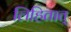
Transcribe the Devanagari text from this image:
लिहितात्